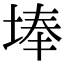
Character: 埲